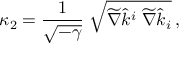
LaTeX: \kappa _ { 2 } = { \frac { 1 } { \sqrt { - \gamma } } } \; \sqrt { \widetilde \nabla \hat { k } ^ { i } \; \widetilde \nabla \hat { k } _ { i } } \, ,